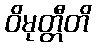
ဝိမုတ္တီတိ